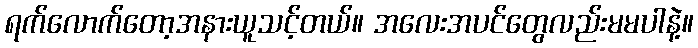
ရက်လောက်တော့အနားယူသင့်တယ်။ အလေးအပင်တွေလည်းမမပါနဲ့။